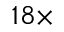
1 8 \times